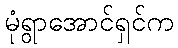
မုံရွာအောင်ရှင်က